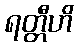
ရတ္တီဟိ